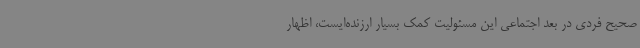
صحیح فردی در بعد اجتماعی این مسئولیت کمک بسیار ارزنده‌ایست، اظهار